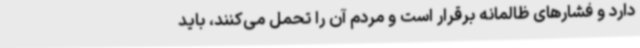
دارد و فشارهای ظالمانه برقرار است و مردم آن را تحمل می‌کنند، باید